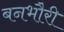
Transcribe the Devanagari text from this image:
बनभौरी